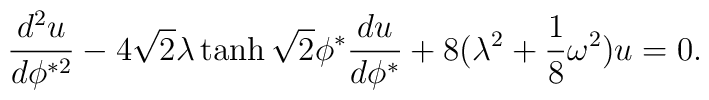
{d^2 u \over d \phi^{*2}}- 4 \sqrt{2} \lambda \tanh \sqrt{2} \phi^* {d u \over d \phi^*}+ 8 ( \lambda^2 + {1 \over 8} \omega^2 ) u = 0.